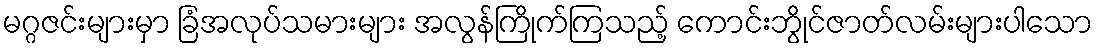
မဂ္ဂဇင်းများမှာ ခြံအလုပ်သမားများ အလွန်ကြိုက်ကြသည့် ကောင်းဘွိုင်ဇာတ်လမ်းများပါသော